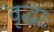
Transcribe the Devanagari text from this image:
वृद्धाः